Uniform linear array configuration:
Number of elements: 64
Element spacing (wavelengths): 0.25
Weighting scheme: uniform
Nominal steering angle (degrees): -60
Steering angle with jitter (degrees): -58.702
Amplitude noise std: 0.05
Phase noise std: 0.05

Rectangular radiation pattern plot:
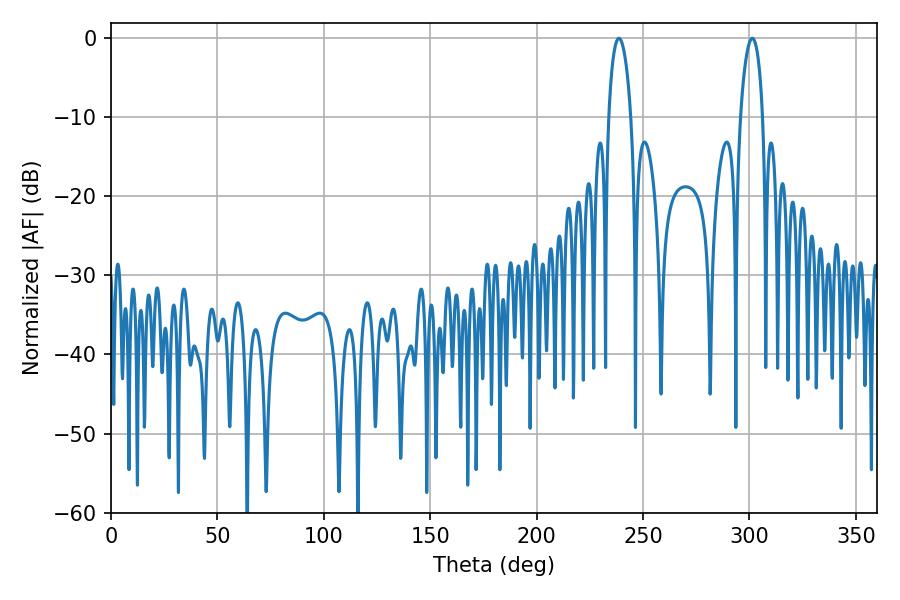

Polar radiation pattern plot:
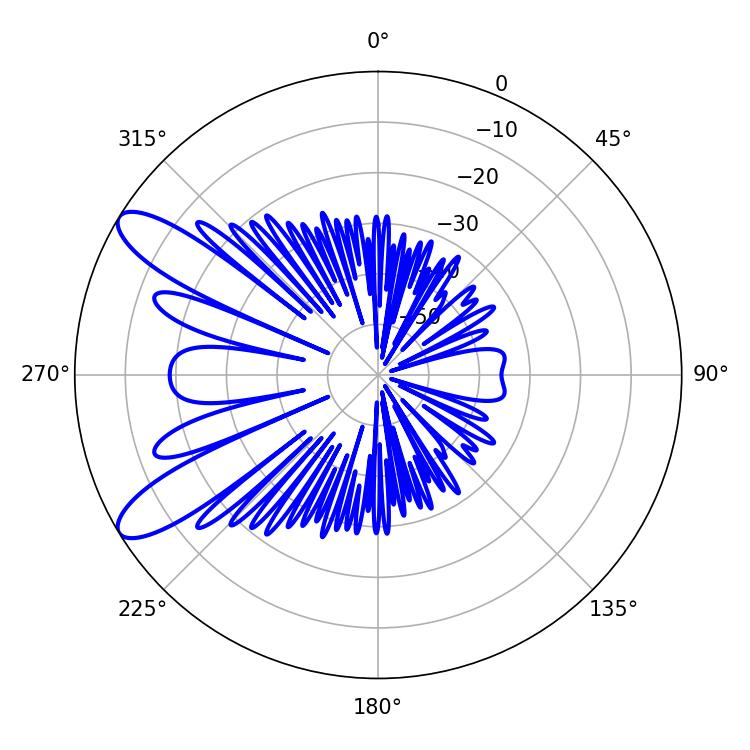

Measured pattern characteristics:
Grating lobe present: FALSE
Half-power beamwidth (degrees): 5.94
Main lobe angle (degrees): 238.68